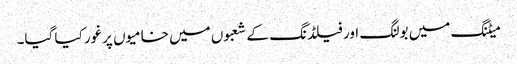
میٹنگ میں بولنگ اور فیلڈنگ کے شعبوں میں خامیوں پرغور کیا گیا۔